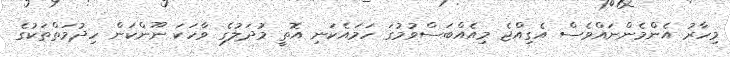
މިހާރު އެންމެންނައްވެސް އެގިއްޖެ މިއެއްބަސްވުމުގަ ހަމައެކަނި އޮތީ މުދަލުގެ ވާހަކަ ނޫންކަން ހިދުމަތްތަކުގެ